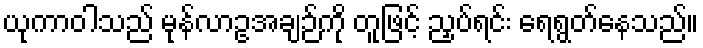
ယုကာဝါသည် မုန်လာဥအချဉ်ကို တူဖြင့် ညှပ်ရင်း ရေရွတ်နေသည်။